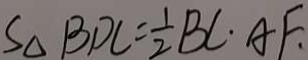
S _ { \Delta } B D C = \frac { 1 } { 2 } B C \cdot A F .